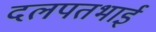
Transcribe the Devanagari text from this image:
दलपतभाई